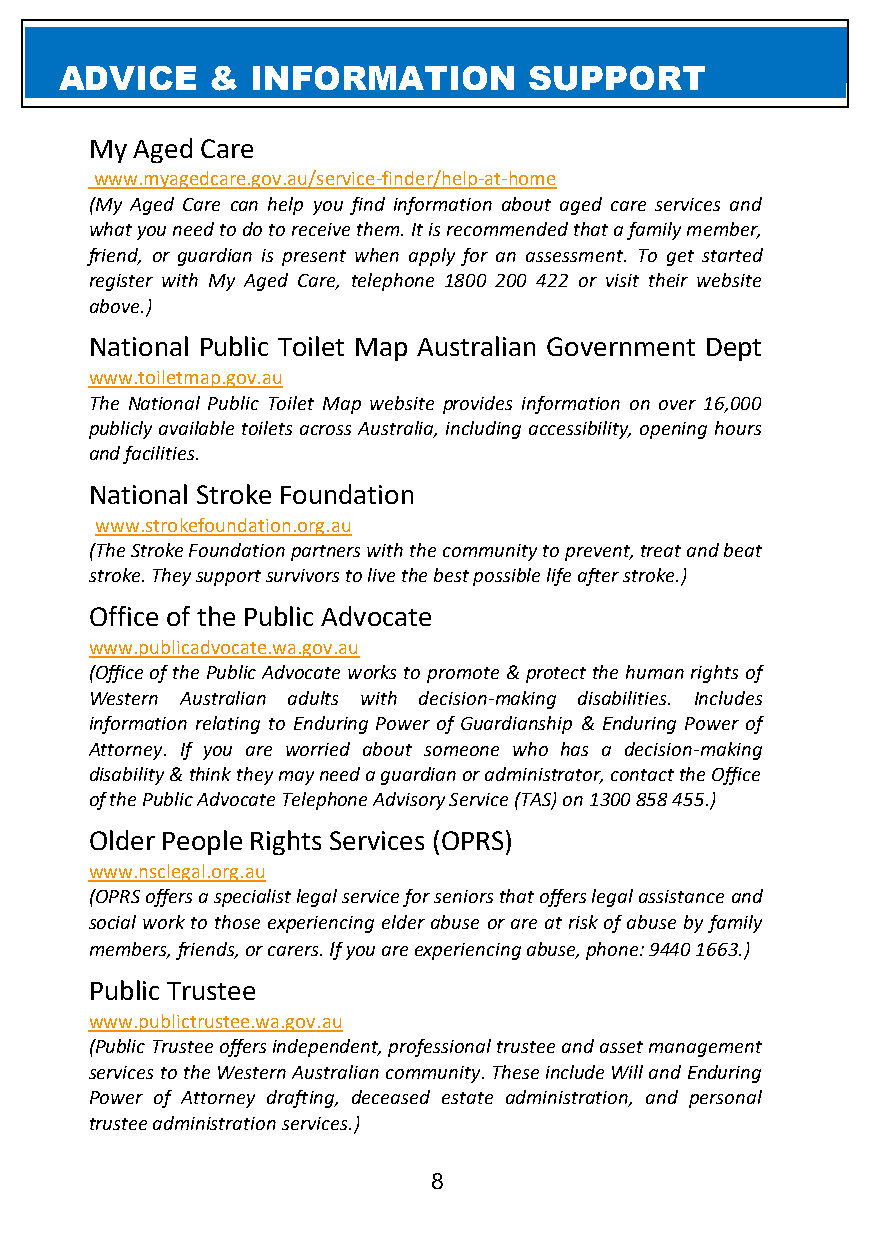
ADVICE    &  INFORMATION       SUPPORT
 My Aged Care
 www.myagedcare.gov.au/service-finder/help-at-home
 (My Aged Care can help you find information about aged care services and
 what you need to do to receive them. It is recommended that a family member,
 friend, or guardian is present when apply for an assessment. To get started
 register with My Aged Care, telephone 1800 200 422 or visit their website
 above.)
 National Public Toilet Map Australian Government Dept
 www.toiletmap.gov.au
 The National Public Toilet Map website provides information on over 16,000
 publicly available toilets across Australia, including accessibility, opening hours
 and facilities.
 National Stroke Foundation
 www.strokefoundation.org.au
 (The Stroke Foundation partners with the community to prevent, treat and beat
 stroke. They support survivors to live the best possible life after stroke.)
 Office of the Public Advocate
 www.publicadvocate.wa.gov.au
 (Office of the Public Advocate works to promote & protect the human rights of
 Western Australian adults with decision-making disabilities. Includes
 information relating to Enduring Power of Guardianship & Enduring Power of
 Attorney. If you are worried about someone who has a decision-making
 disability & think they may need a guardian or administrator, contact the Office
 of the Public Advocate Telephone Advisory Service (TAS) on 1300 858 455.)
 Older People Rights Services (OPRS)
 www.nsclegal.org.au
 (OPRS offers a specialist legal service for seniors that offers legal assistance and
 social work to those experiencing elder abuse or are at risk of abuse by family
 members, friends, or carers. If you are experiencing abuse, phone: 9440 1663.)
 Public Trustee
 www.publictrustee.wa.gov.au
 (Public Trustee offers independent, professional trustee and asset management
 services to the Western Australian community. These include Will and Enduring
 Power of Attorney drafting, deceased estate administration, and personal
 trustee administration services.)
 8